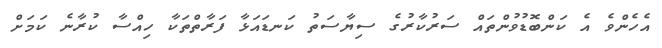
އެހެންވެ އެ ކަންބޮޑުވުންތައް ސަރުކާރުގެ ސިޔާސަތު ކަނޑައަޅާ ފަރާތްތަކާ ހިއްސާ ކުރާނެ ކަމަށް